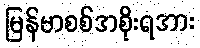
မြန်မာစစ်အစိုးရအား